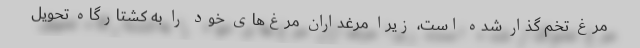
مرغ تخم گذار شده است، زیرا مرغداران مرغ‌های خود را به کشتارگاه تحویل